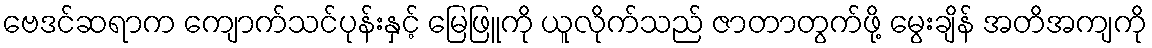
ဗေဒင်ဆရာက ကျောက်သင်ပုန်းနှင့် မြေဖြူကို ယူလိုက်သည် ဇာတာတွက်ဖို့ မွေးချိန် အတိအကျကို